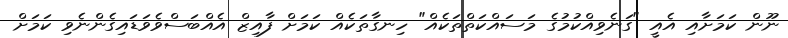
ނޫން ކަމަށާއި އެއީ "ގަނެވިއްކުމުގެ މަސައްކަތްތަކެއް" ހިނގާތަކެއް ކަމަށް ފާއިޒް އެއްބަސްވެވަޑައިގެންނެވި ކަމަށް